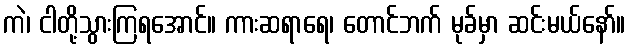
ကဲ၊ ငါတို့သွားကြရအောင်။ ကားဆရာရေ၊ တောင်ဘက် မုခ်မှာ ဆင်းမယ်နော်။